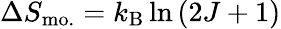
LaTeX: \Delta S_{\mathrm{mo.}}=k_{\mathrm{B}}\ln{(2J+1)}